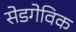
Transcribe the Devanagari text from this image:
सेडगेविक